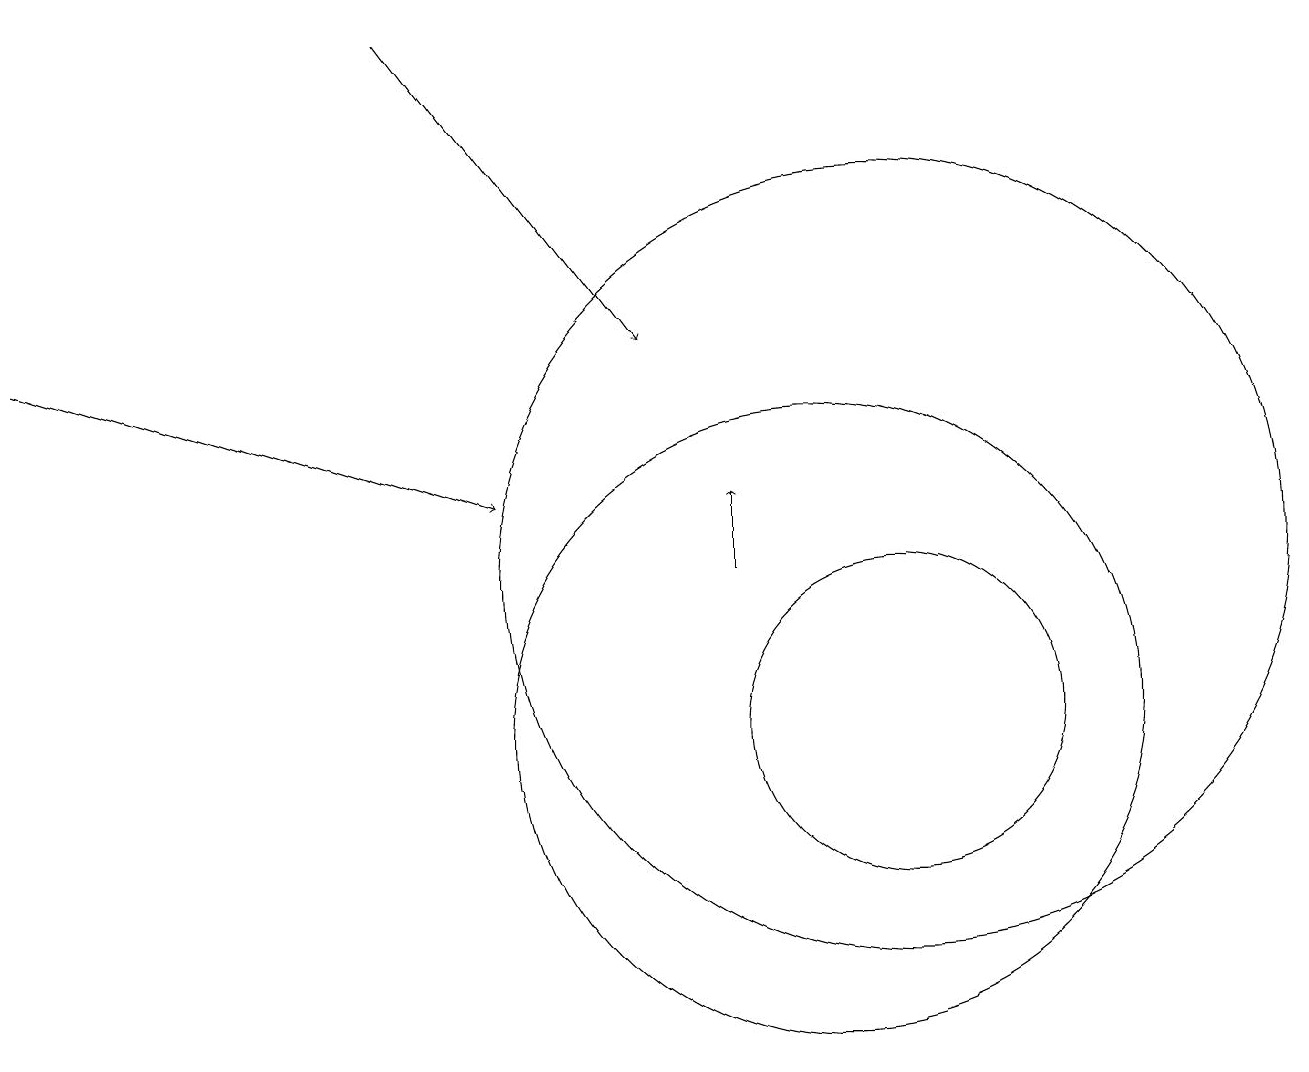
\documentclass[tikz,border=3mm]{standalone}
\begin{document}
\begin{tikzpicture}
\draw[->] (0,15) -- (6,13);
\draw (10,10) circle (4);
\draw[->] (9,12) -- (9,13);
\draw (11,12) circle (5);
\draw (11,10) circle (2);
\draw[->] (5,19) -- (8,15);
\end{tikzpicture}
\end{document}